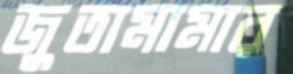
জুতামামার